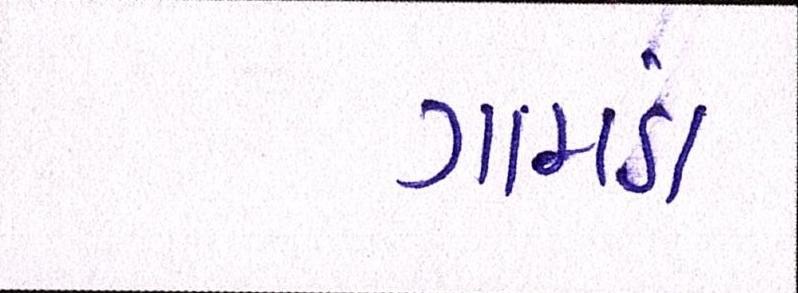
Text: ગામડાં